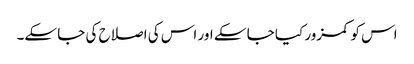
اس کو کمزور کیا جا سکے اور اس کی اصلاح کی جا سکے۔